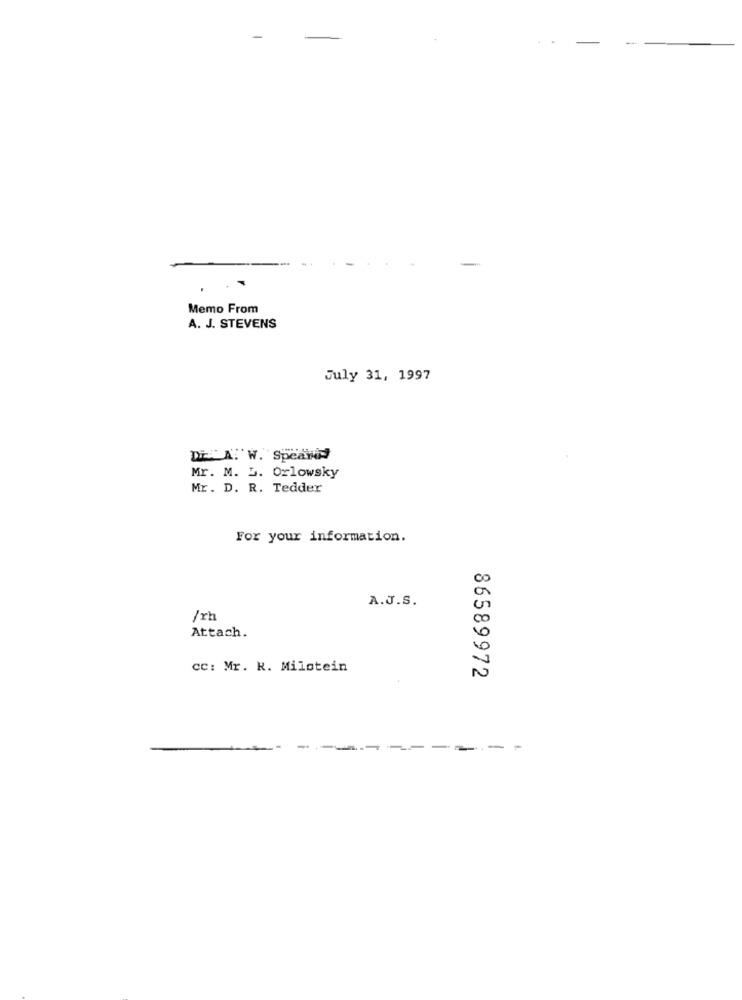
Memo From
A. J. STEVENS
July 31, 1997
Di A. W. Spearl
Mr. M. L. Orlowsky
Mr. D. R. Tedder
For your information.
A.J.S.
/rh
0
Attach.
0
cc: Mr. K. Milotein
86589972